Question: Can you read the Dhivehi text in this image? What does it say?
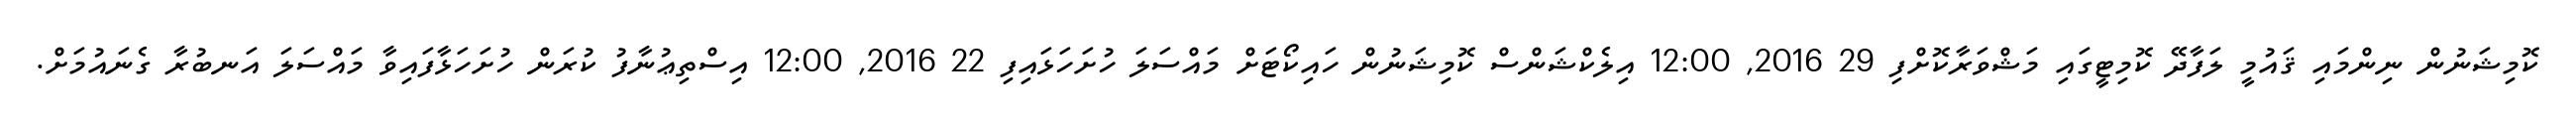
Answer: ކޮމިޝަނުން ނިންމައި ޤައުމީ ލަފާދޭ ކޮމިޓީގައި މަޝްވަރާކޮށްފި 29 2016, 12:00 އިލެކްޝަންސް ކޮމިޝަނުން ހައިކޯޓަށް މައްސަލަ ހުށަހަޅައިފި 22 2016, 12:00 އިސްތިޢުނާފު ކުރަން ހުށަހަޅާފައިވާ މައްސަލަ އަނބުރާ ގެނައުމަށް.